kultuurilooline_kollektsioon, lk 77
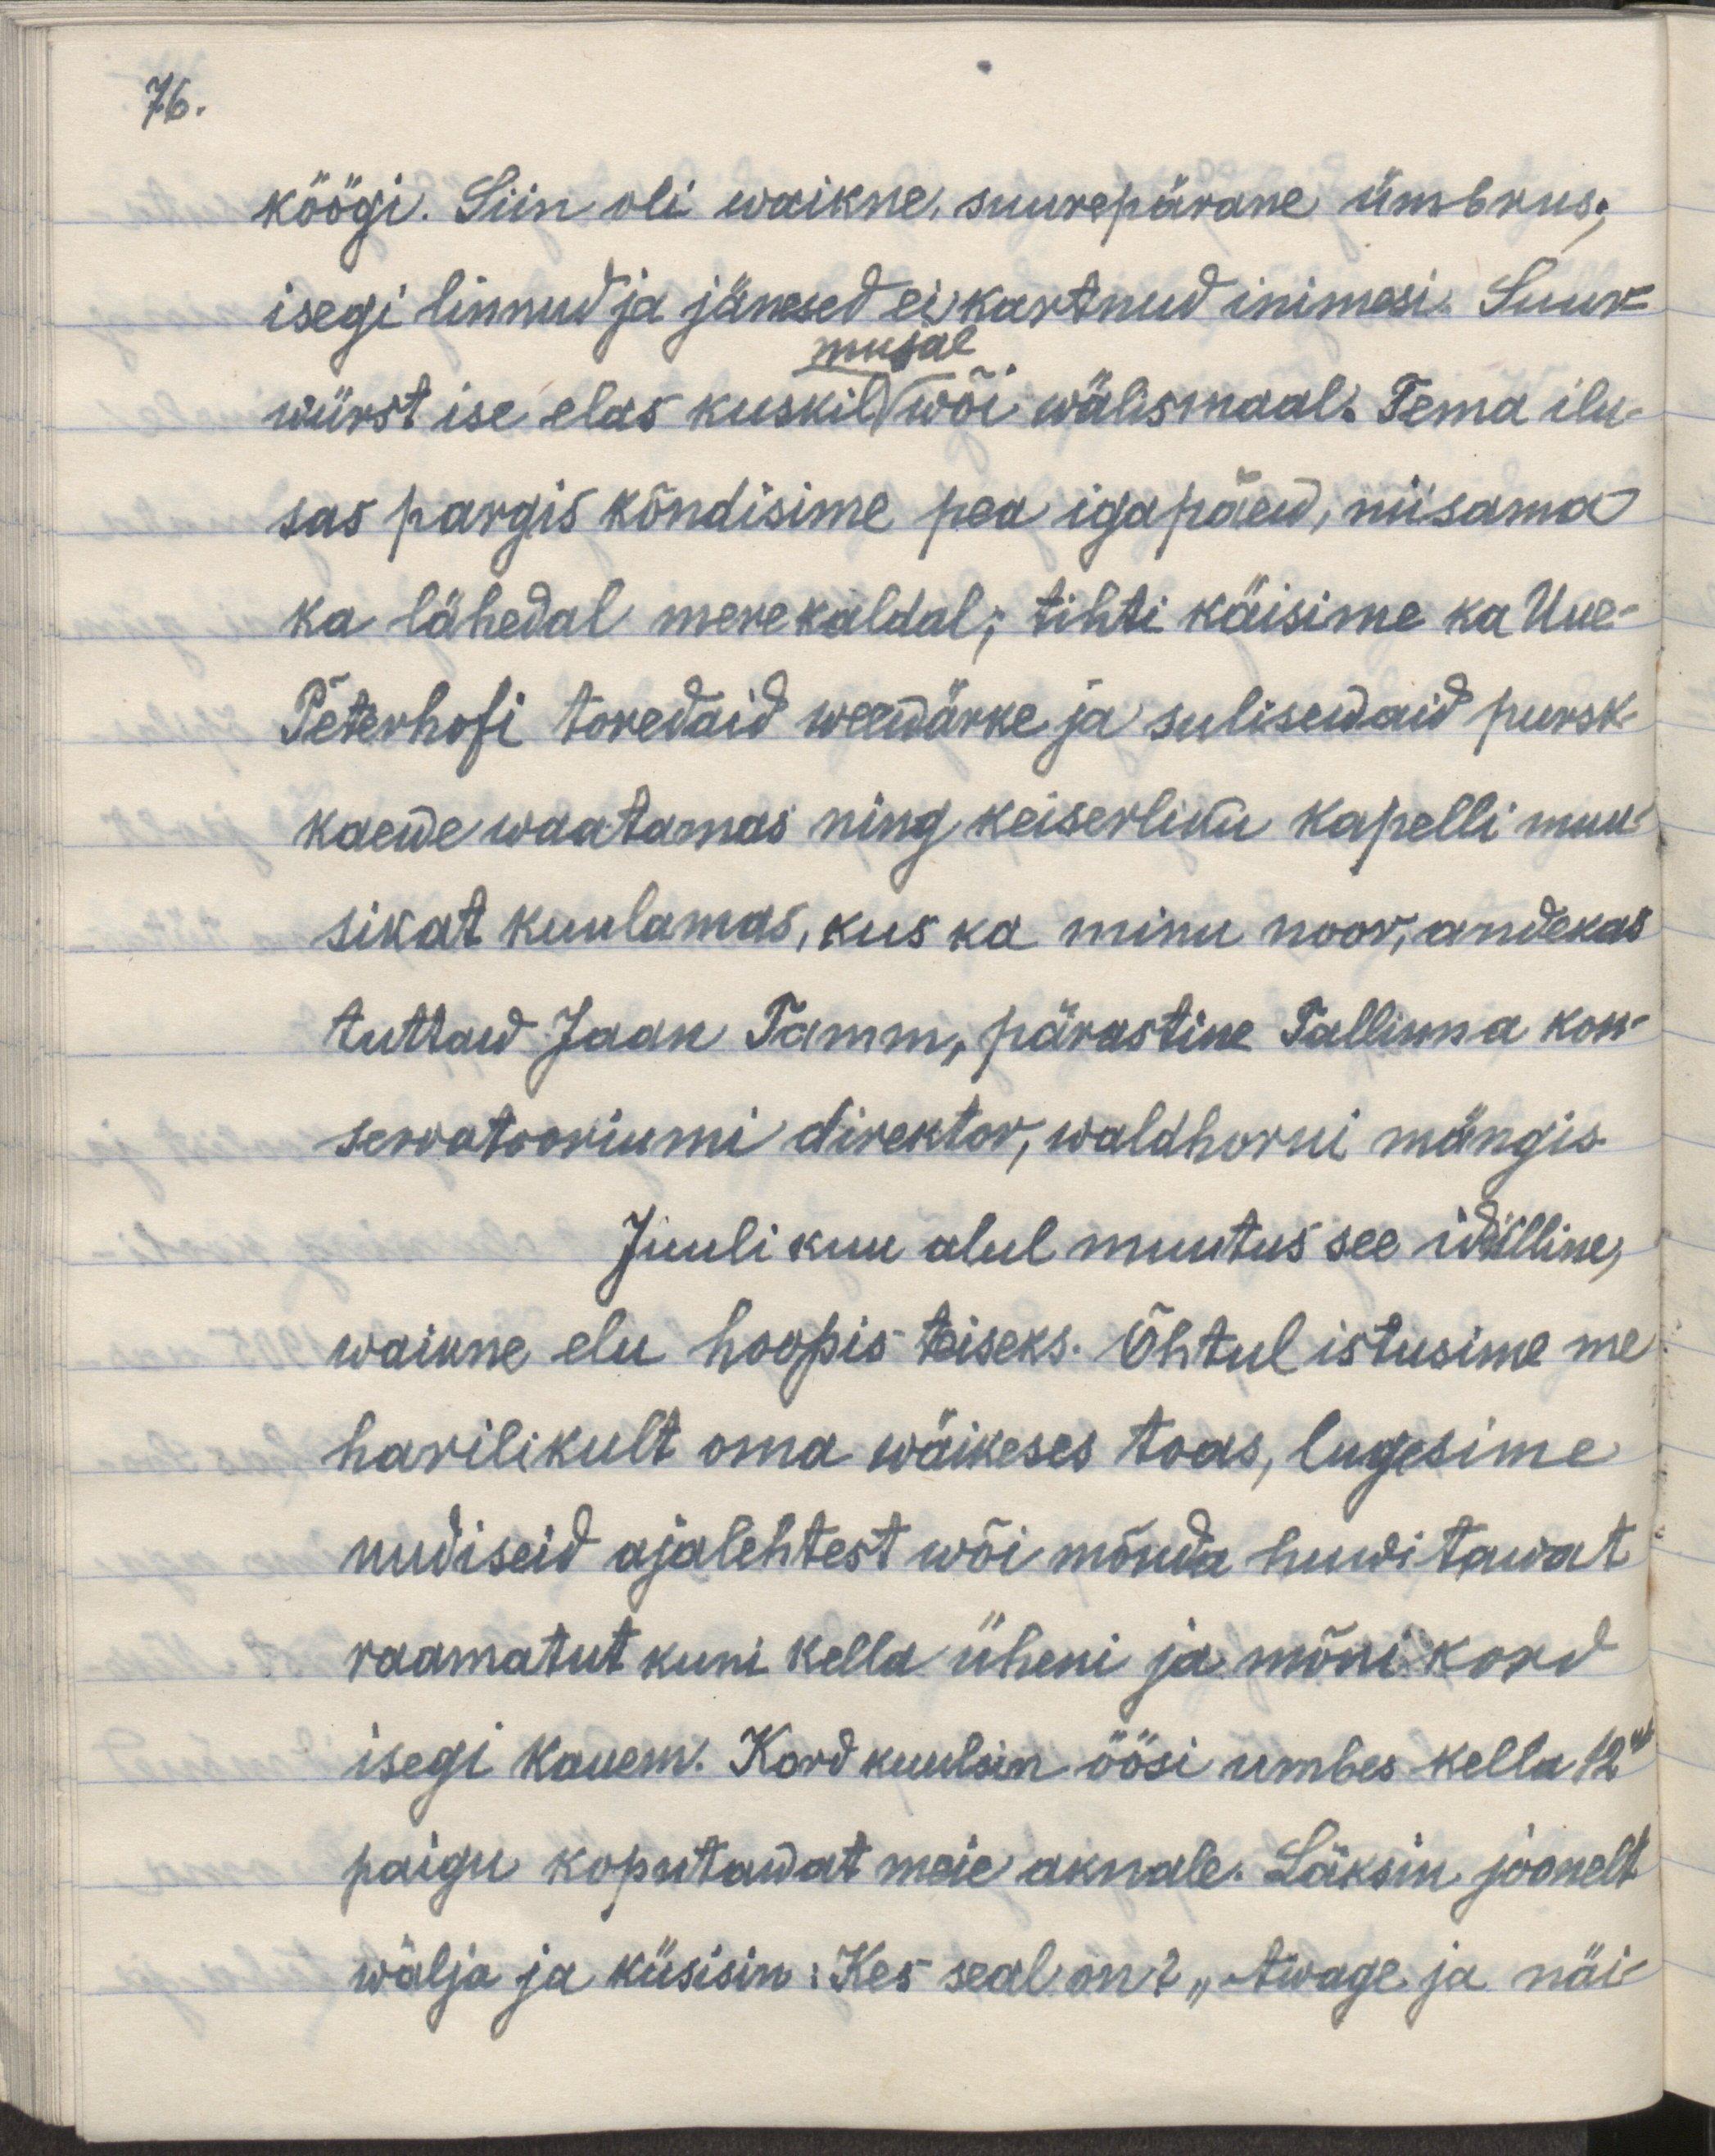
76.

köögi. Siin oli waikne, suurepärane ümbrus,
isegi linnud ja jänesed ei kartnud inimesi. Suur-
mujal
würst ise elas kuskil wõi wälismaal. Tema ilu-
sas pargis kõndisime pea iga päew, niisama
ka lähedal mere kaldal; tihti käisime ka Uue-
Peterhofi toredaid weewärke ja sulisewaid pursk-
kaewe waatamas ning keiserliku Kapelli muu-
sikat kuulamas, kus ka minu noor, andekas
tuttaw Jaan Tamm, pärastine Tallinna kon-
serwatooriumi direktor, waldhorni mängis.
Juuli kuu alul muutus see idilline,
waikne elu hoopis teiseks. Õhtul istusime me
harilikult oma wäikses toas, lugesime
uudiseid ajalehtest wõi mõnda huwitawat
raamatud kuni kella üheni ja mõni kord
isegi kauem. Kord kuulsin öösi umbes kella 12ne
paigu koputawat meie aknale. Läksin joonelt
wälja ja küsisin: "Kes seal on?" Awage ja näi-